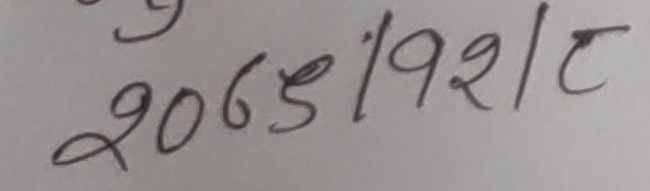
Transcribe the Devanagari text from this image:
2065/192/८